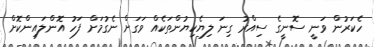
ހެކަރުން ވަނީ ސޮނީގެ ސިއްރު ގިނަ ލިޔެކިޔުންތަކެއް ވަގަށް ނެގުމަށް ފަހު އޮންލައިންކޮށް